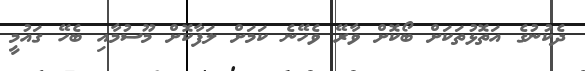
ދެކުނުގެ އަތޮޅުތަކަށް ބޯކޮށް ވާރޭ ވެހޭނެ ކަމަށް ލަފާކޮށް މޫސުމާއި ބެހޭ ގައުމީ